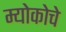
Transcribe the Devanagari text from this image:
म्योकोचे